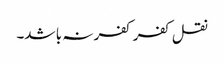
نقل کفر کفر نہ با شد۔